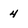
Character: 4